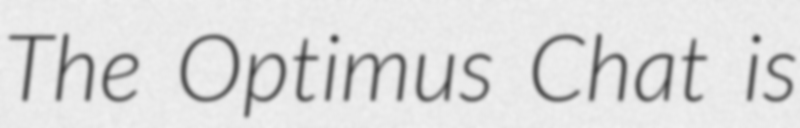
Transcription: The Optimus Chat is